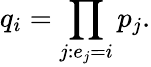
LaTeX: q_{i}=\prod_{j:e_{j}=i}p_{j}.